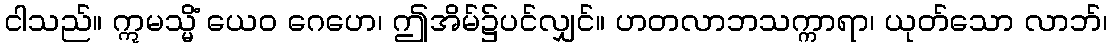
ငါသည်။ ဣမသ္မိံ ယေဝ ဂေဟေ၊ ဤအိမ်၌ပင်လျှင်။ ဟတလာဘသက္ကာရာ၊ ယုတ်သော လာဘ်၊